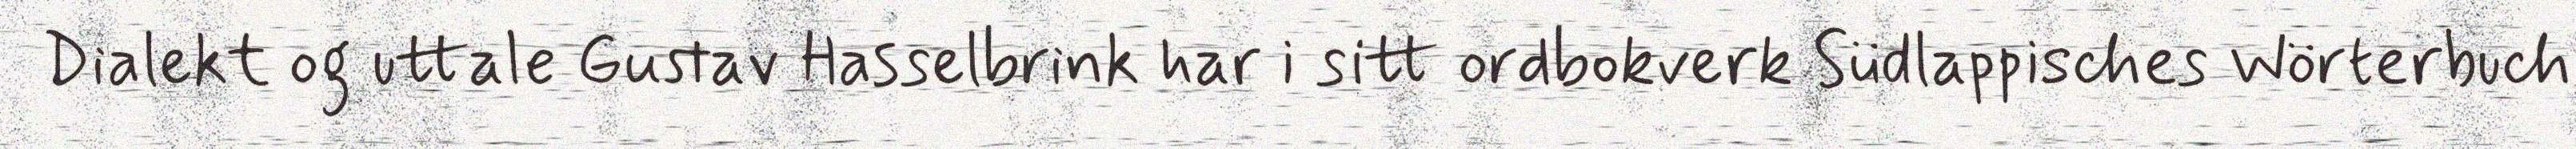
Dialekt og uttale Gustav Hasselbrink har i sitt ordbokverk Südlappisches Wörterbuch